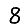
Digit: 8